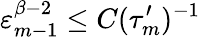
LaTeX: \varepsilon_{m-1}^{\beta-2}\leq C(\tau_{m}^{\prime})^{-1}